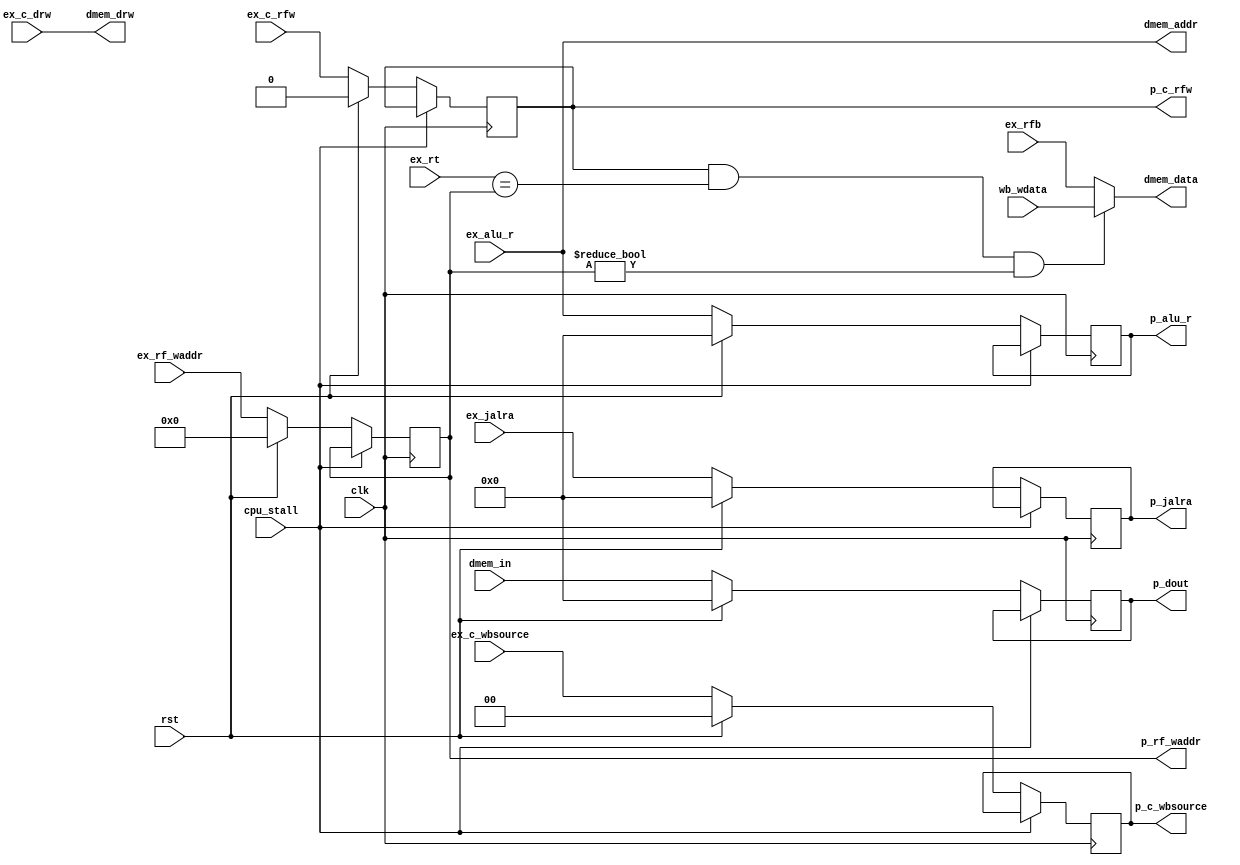
module cpu_mem(rst, clk, cpu_stall, ex_c_rfw, ex_c_wbsource, ex_c_drw,
		ex_alu_r, ex_rfb, ex_rf_waddr, ex_jalra, ex_rt,
		wb_wdata, p_c_rfw, p_c_wbsource, p_alu_r, dmem_data,
		p_rf_waddr, p_jalra, dmem_addr, dmem_drw, dmem_in,
		p_dout);
	input 		rst, clk, cpu_stall;
	input 		ex_c_rfw;
	input [1:0]	ex_c_wbsource;
	input [1:0]	ex_c_drw;
	input [31:0]	ex_alu_r;
	input [31:0]	ex_rfb;
	input [4:0]	ex_rf_waddr;
	input [31:0]	ex_jalra;
	input [4:0]	ex_rt;
	input [31:0]	wb_wdata;
	output reg 	p_c_rfw;
	output reg [1:0] p_c_wbsource;
	output reg [31:0] p_alu_r;
	output [31:0] dmem_data;
	output reg [4:0] p_rf_waddr;
	output reg [31:0] p_jalra;
	output [31:0] dmem_addr;
	output [1:0] dmem_drw;
	input [31:0]	dmem_in;
	output reg [31:0] p_dout;

	assign dmem_addr = ex_alu_r;
	assign dmem_drw  = ex_c_drw;

	/* forwarding logic */
	wire forward = p_c_rfw & (ex_rt == p_rf_waddr) & (p_rf_waddr != 0);
	assign dmem_data = forward ? wb_wdata : ex_rfb;

	always @(posedge clk) begin
		if (!cpu_stall) begin
		if (rst) begin
			p_c_rfw <= 0;
			p_c_wbsource <= 0;
			p_alu_r <= 0;
			p_rf_waddr <= 0;
			p_jalra <= 0;
			p_dout <= 0;
		end else begin
			p_c_rfw <= ex_c_rfw;
			p_c_wbsource <= ex_c_wbsource;
			p_alu_r <= ex_alu_r;
			p_rf_waddr <= ex_rf_waddr;
			p_jalra <= ex_jalra;
			p_dout <= dmem_in;
		end

		/* debug statements, not synthesized by Xilinx */
		//$display("MEM: %x %x %x %x %x %x", ex_rt, p_rf_waddr, wb_wdata, p_c_rfw, forward, dmem_data);
		end
	end

endmodule